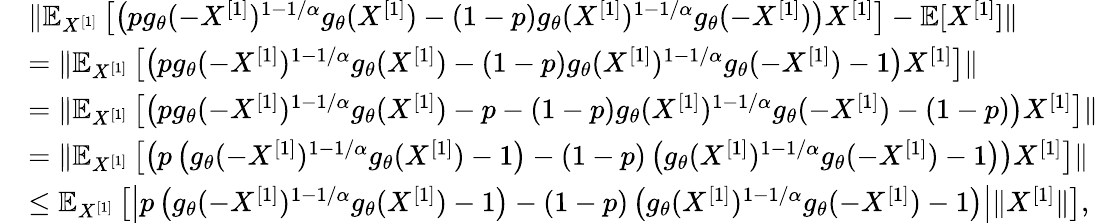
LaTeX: \begin{array}{rl}&{\| \mathbb{E}_{X^{[1]}}\left[\left(pg_{\theta}(-X^{[1]})^{1-1/\alpha}g_{\theta}(X^{[1]})-(1-p)g_{\theta}(X^{[1]})^{1-1/\alpha}g_{\theta}(-X^{[1]})\right)X^{[1]}\right]-\mathbb{E}[X^{[1]}]\| }\\ &{=\| \mathbb{E}_{X^{[1]}}\left[\left(pg_{\theta}(-X^{[1]})^{1-1/\alpha}g_{\theta}(X^{[1]})-(1-p)g_{\theta}(X^{[1]})^{1-1/\alpha}g_{\theta}(-X^{[1]})-1\right)X^{[1]}\right]\| }\\ &{=\| \mathbb{E}_{X^{[1]}}\left[\left(pg_{\theta}(-X^{[1]})^{1-1/\alpha}g_{\theta}(X^{[1]})-p-(1-p)g_{\theta}(X^{[1]})^{1-1/\alpha}g_{\theta}(-X^{[1]})-(1-p)\right)X^{[1]}\right]\| }\\ &{=\| \mathbb{E}_{X^{[1]}}\left[\left(p\left(g_{\theta}(-X^{[1]})^{1-1/\alpha}g_{\theta}(X^{[1]})-1\right)-(1-p)\left(g_{\theta}(X^{[1]})^{1-1/\alpha}g_{\theta}(-X^{[1]})-1\right)\right)X^{[1]}\right]\| }\\ &{\leq\mathbb{E}_{X^{[1]}}\left[\left|p\left(g_{\theta}(-X^{[1]})^{1-1/\alpha}g_{\theta}(X^{[1]})-1\right)-(1-p)\left(g_{\theta}(X^{[1]})^{1-1/\alpha}g_{\theta}(-X^{[1]})-1\right)\right|\| X^{[1]}\| \right],}\end{array}